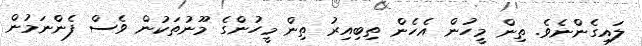
ލައިގެންނެވެ. ތިން މީހުން އެހެން ތިބިއިރު ތިން މީހުންގެ މޫނުތަކުން ވެސް ފެންނަމުން